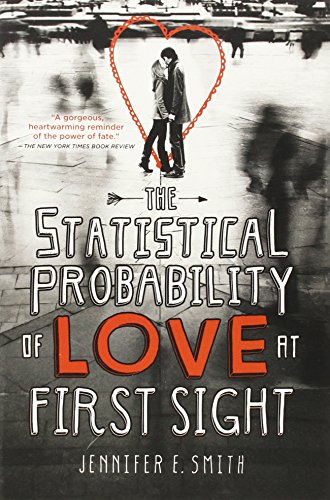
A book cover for The Statistical Probability of Love at First Sight; Jennifer E. Smith; Teen & Young Adult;